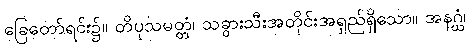
ခြေတော်ရင်း၌။ တိပုသမတ္တံ၊ သခွားသီးအတိုင်းအရှည်ရှိသော။ အနဂ္ဃံ၊